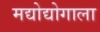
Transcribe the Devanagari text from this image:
मद्योद्योगाला